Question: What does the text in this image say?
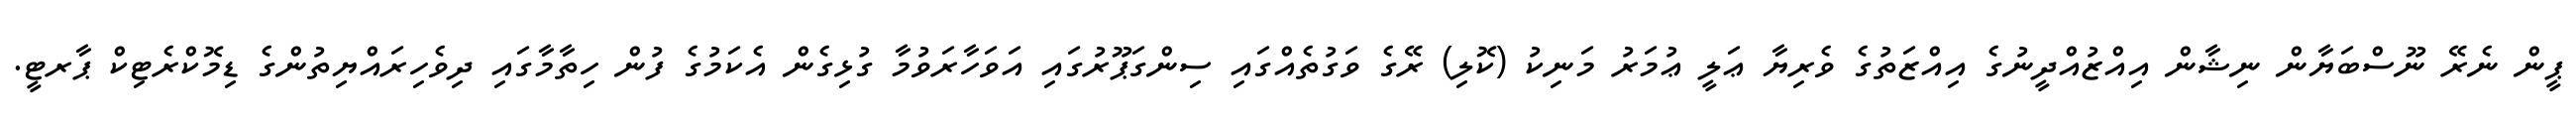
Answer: ޕީން ނެރޭ ނޫސްބަޔާން ނިޝާން އިއްޒުއްދީނުގެ އިއްޒަތުގެ ވެރިޔާ ޢަލީ ޢުމަރު މަނިކު (ކޮލި) ރޭގެ ވަގުތެއްގައި ސިންގަޕޫރުގައި އަވަހާރަވުމާ ގުޅިގެން އެކަމުގެ ފުން ހިތާމާގައި ދިވެހިރައްޔިތުންގެ ޑިމޮކްރެޓިކް ޕާރޓީ.